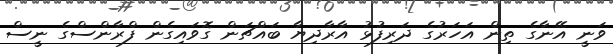
ވަނީ އޭނާގެ ތިން އަހަރުގެ ދަރިފުޅު އާރާދިޔާ ބައްޗަން ގޮވައިގެން ފްރާންސްގެ ނީސް